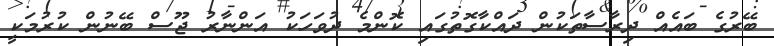
ބޭރުގެ ބައެއް ދިރާސާތަކުން ދައްކާގޮތުގައި ކޮންމެ ދުވަހަކު އަންނާރު ޖޫސް ބޭނުން ކުރުމަކީ